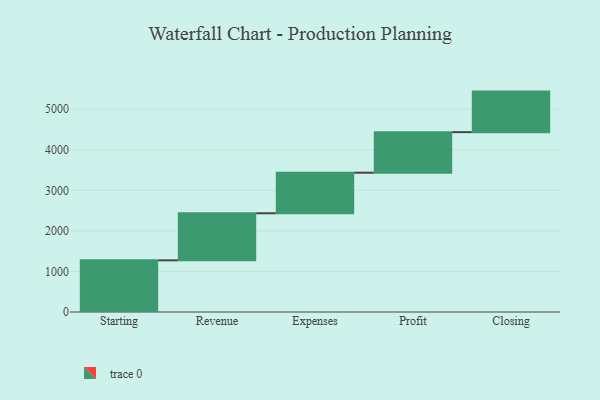
{"axis": {"x": "Step", "y": "Value"}, "legend": [""], "data": [{"x": "Starting", "y": 1274.0, "type": ""}, {"x": "Revenue", "y": 1161.0, "type": ""}, {"x": "Expenses", "y": 1000, "type": ""}, {"x": "Profit", "y": 1000, "type": ""}, {"x": "Closing", "y": 1000, "type": ""}]}